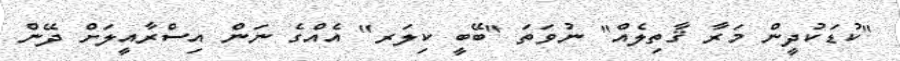
"ކުޑަކުދީން މަރާ ޤާތިލެއް" ނުވަތަ "ބޭބީ ކިލަރ" އެއްގެ ނަން އިސްރާއީލަށް ދޭން